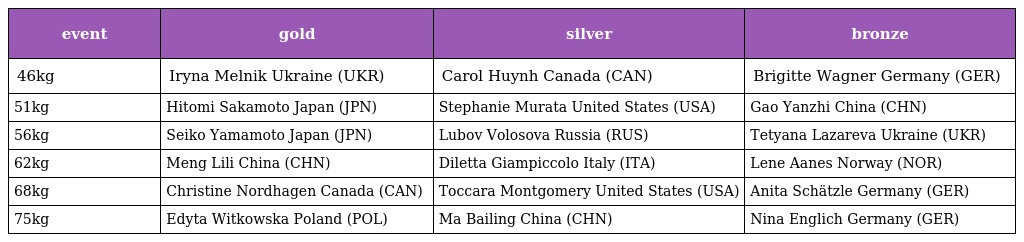
| event | gold | silver | bronze |
 | --- | --- | --- | --- |
 | 46kg | Iryna Melnik Ukraine (UKR) | Carol Huynh Canada (CAN) | Brigitte Wagner Germany (GER) |
 | 51kg | Hitomi Sakamoto Japan (JPN) | Stephanie Murata United States (USA) | Gao Yanzhi China (CHN) |
 | 56kg | Seiko Yamamoto Japan (JPN) | Lubov Volosova Russia (RUS) | Tetyana Lazareva Ukraine (UKR) |
 | 62kg | Meng Lili China (CHN) | Diletta Giampiccolo Italy (ITA) | Lene Aanes Norway (NOR) |
 | 68kg | Christine Nordhagen Canada (CAN) | Toccara Montgomery United States (USA) | Anita Schätzle Germany (GER) |
 | 75kg | Edyta Witkowska Poland (POL) | Ma Bailing China (CHN) | Nina Englich Germany (GER) |